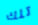
تلك